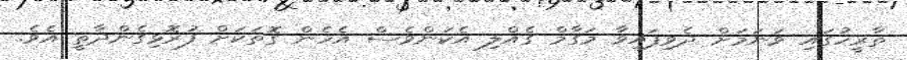
ތާރީހުގައި ވަނަމަށް ދެވިފައިވާ މަގާމް ގެއްލި އެކަންވެސް އެހެން ގޮތަކަށް ފުރޮޅިގެންދާތީ އެވެ.